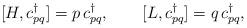
LaTeX: \begin{align*}[H,c^{\dagger}_{pq}]=p\,c^{\dagger}_{pq}, \qquad[L,c^{\dagger}_{pq}]=q\,c^{\dagger}_{pq},\end{align*}